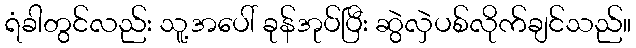
ရံခါတွင်လည်း သူ့အပေါ် ခုန်အုပ်ပြီး ဆွဲလှဲပစ်လိုက်ချင်သည်။